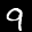
Label: 9